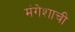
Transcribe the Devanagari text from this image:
मंगेशाची